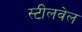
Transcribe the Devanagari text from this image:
स्टीलवेल